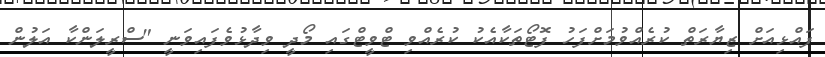
ފައްޅިއަށް ޒިޔާރަތް ކުރެއްވުމަށްފަހު ފޮޓޯތަކާއެކު ކުރެއްވި ޓްވީޓްގައި މޯދީ ވިދާޅުވެފައިވަނީ "ސްރީލަންކާ އަލުން